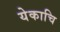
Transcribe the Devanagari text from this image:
येकाचि